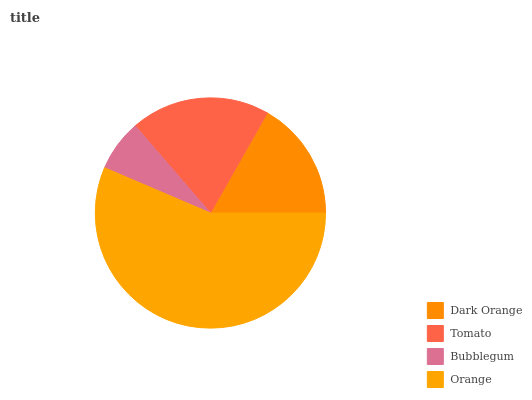
| Dark Orange | Tomato | Bubblegum | Orange |
 | --- | --- | --- | --- |
 | 16.7% | 19.6% | 7.24% | 56.5% |